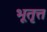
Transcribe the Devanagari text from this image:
भूतृत्त